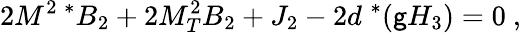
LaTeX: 2M^{2\; *}B_{2}+2M_{T}^{2}B_{2}+J_{2}-2d^{\; *}(\mathsf{g}H_{3})=0\ ,